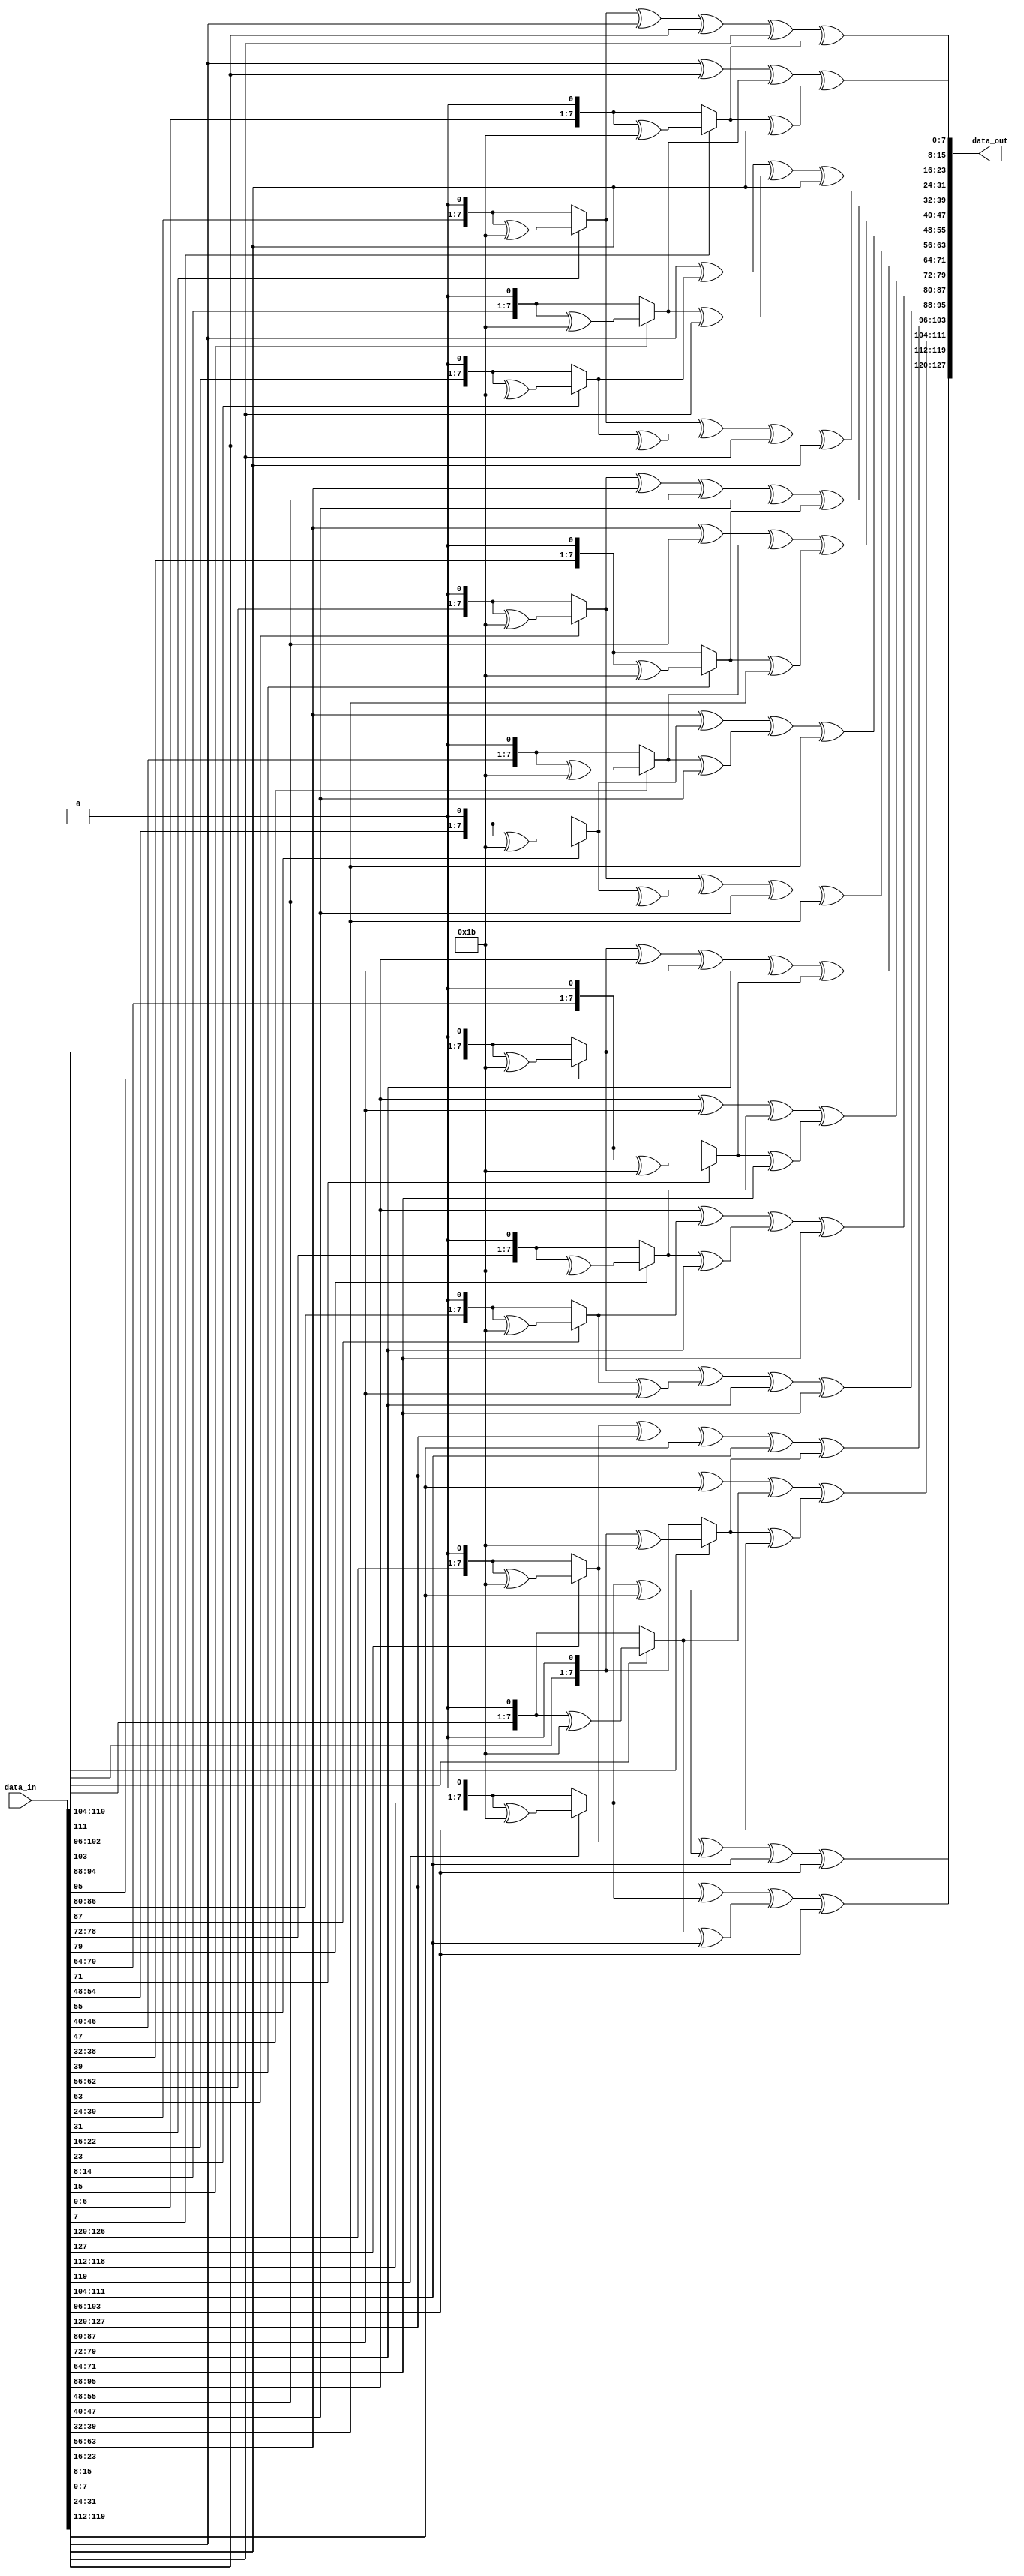
`timescale 1ns / 1ps
//////////////////////////////////////////////////////////////////////////////////
// Company: 
// Engineer: 
// 
// Design Name: 
// Module Name: Mix_columns
// Project Name: 
// Target Devices: 
// Tool Versions: 
// Description: 
// 
// Dependencies: 
// 
// Revision:
// Revision 0.01 - File Created
// Additional Comments:
// 
//////////////////////////////////////////////////////////////////////////////////


module Mix_columns(
    input [127:0] data_in,
    output [127:0] data_out
    );
    
    function [7:0] M2;
        input [7:0] x;
        begin
            M2 = (x[7])?(x<<1 ^ 'h1b):(x<<1);
        end
    endfunction
    
    function [7:0] M3;
        input [7:0] x;
        begin
            M3 = M2(x) ^ x;
        end
    endfunction
    
   
    genvar i; 
    generate 
    for(i = 0; i < 4; i = i + 1) begin
         assign data_out[127-32*i:120-32*i] = M2(data_in[127-32*i:120-32*i]) ^ M3(data_in[119-32*i:112-32*i]) ^ data_in[111-32*i:104-32*i] ^ data_in[103-32*i:96-32*i];
         assign data_out[119-32*i:112-32*i] = data_in[127-32*i:120-32*i] ^ M2(data_in[119-32*i:112-32*i]) ^ M3(data_in[111-32*i:104-32*i]) ^ data_in[103-32*i:96-32*i];
         assign data_out[111-32*i:104-32*i] = data_in[127-32*i:120-32*i] ^ data_in[119-32*i:112-32*i] ^ M2(data_in[111-32*i:104-32*i]) ^ M3(data_in[103-32*i:96-32*i]);
         assign data_out[103-32*i:96-32*i] = M3(data_in[127-32*i:120-32*i]) ^ data_in[119-32*i:112-32*i] ^ data_in[111-32*i:104-32*i] ^ M2(data_in[103-32*i:96-32*i]);
    end
    endgenerate
endmodule